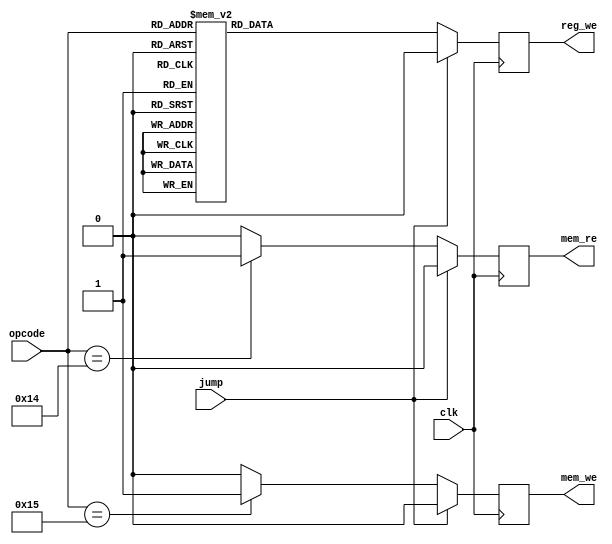
module micro_inst (
           input  wire          clk,
           input  wire[4:0]     opcode,
           input wire jump,
           output reg          mem_re,
           output reg          mem_we,
           output reg          reg_we
       );

always @(posedge clk) begin
    if (jump) begin
        mem_re <= 0;
        mem_we <= 0;
        reg_we <= 0;
    end
    else begin
        // mem_re
        if (opcode == 5'b10100)  // I lw
            mem_re <= 1;
        else
            mem_re <= 0;

        // mem_we
        if (opcode == 5'b10101)  // S sw
            mem_we <= 1;
        else
            mem_we <= 0;

        // reg_we
        case (opcode)
            5'b10000: reg_we <= 0; 			// jal
            5'b10001: reg_we <= 0; 		    // beq
            5'b10100: reg_we <= 0; 			// lw
            5'b10101: reg_we <= 0; 			// sw
            5'b01100: reg_we <= 1;  		// addi
            5'b01101: reg_we <= 1;  		// add
            5'b01110: reg_we <= 1;  		// sub
            5'b01000: reg_we <= 1;	        // sll
            5'b00110: reg_we <= 1; 		    // xor
            5'b01001: reg_we <= 1;  	    // srl
            5'b00101: reg_we <= 1;  		// or
            5'b00100: reg_we <= 1;  		// and
            default:  reg_we <= 0;
        endcase

    end
end
endmodule